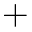
+